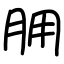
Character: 𦙸